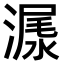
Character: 𣻨